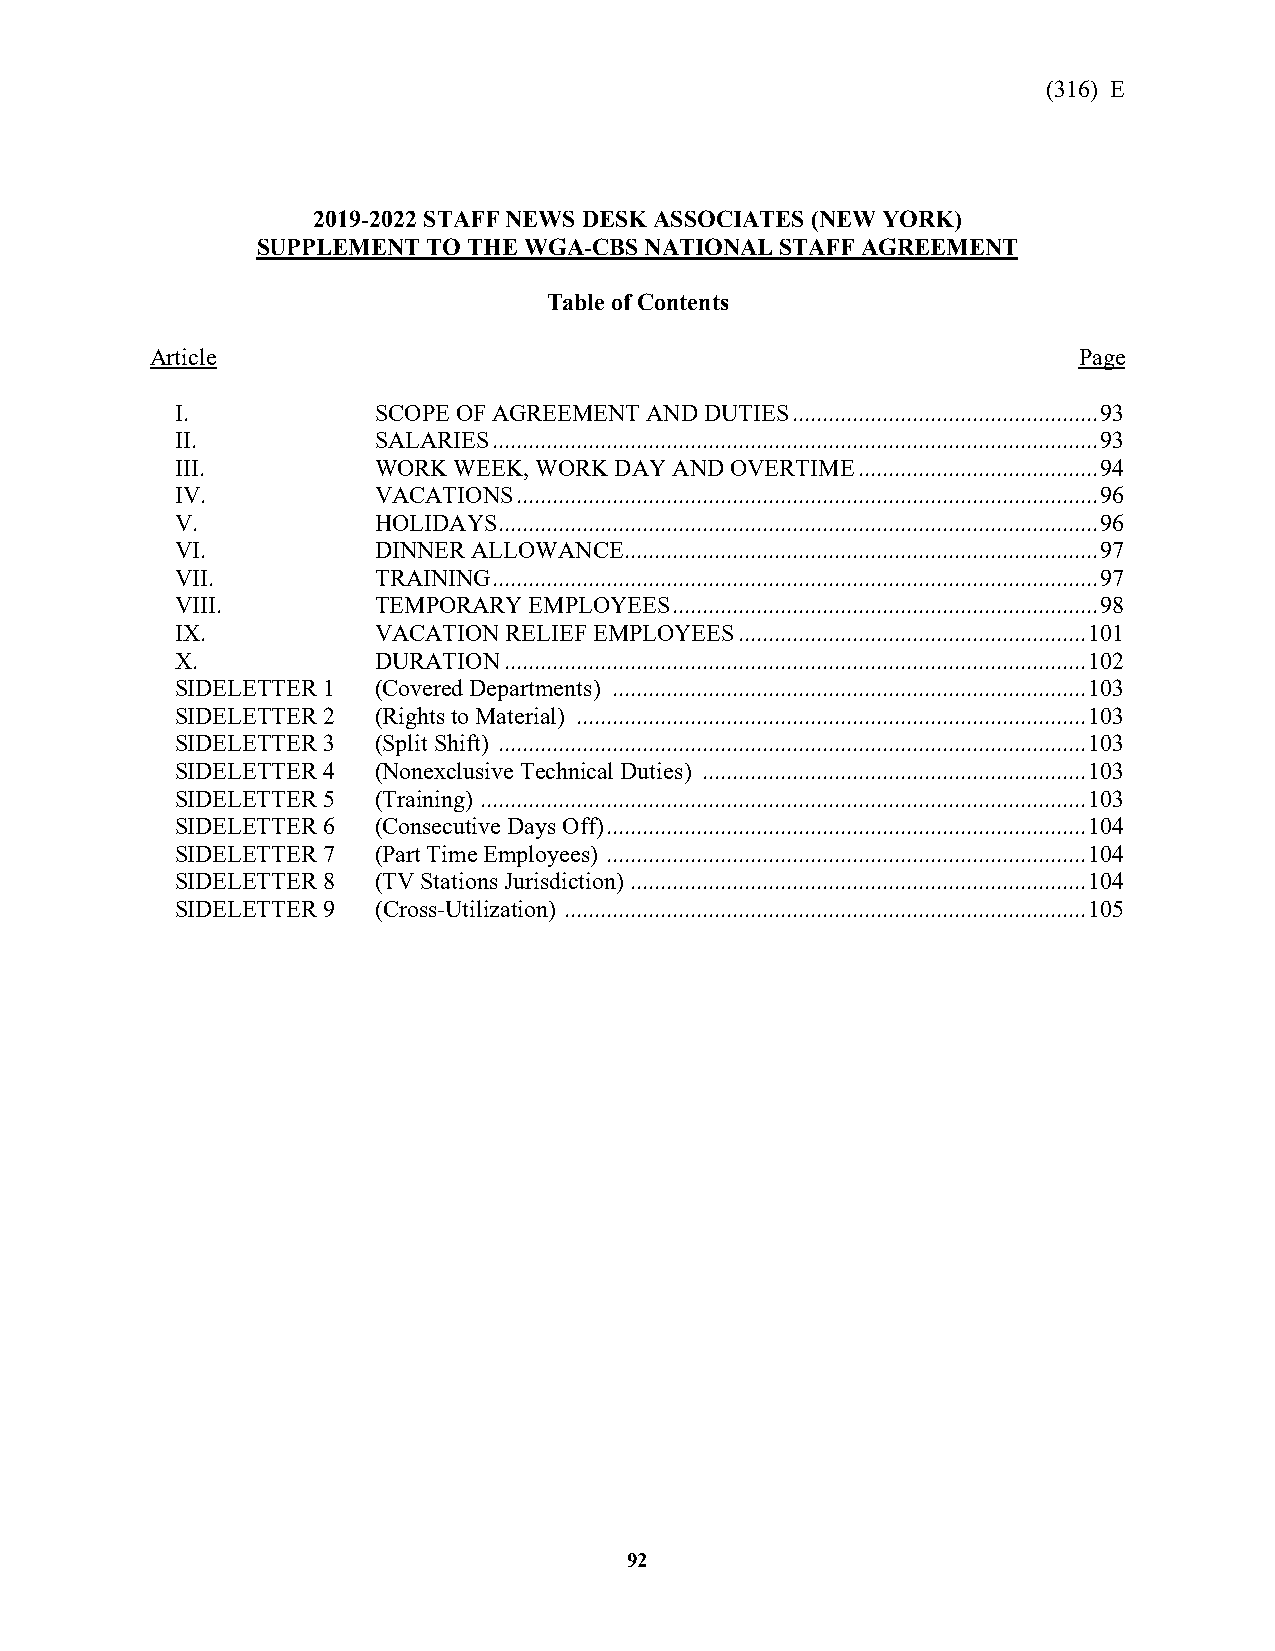
(316) E
 2019-2022 STAFF NEWS DESK ASSOCIATES (NEW YORK)
 SUPPLEMENT TO THE WGA-CBS NATIONAL STAFF AGREEMENT
 Table of Contents
 Article                                                      Page
 I.           SCOPE OF AGREEMENT AND DUTIES ................................................... 93
 II.          SALARIES ..................................................................................................... 93
 III.         WORK WEEK, WORK DAY AND OVERTIME ........................................ 94
 IV.          VACATIONS ................................................................................................. 96
 V.           HOLIDAYS .................................................................................................... 96
 VI.          DINNER ALLOWANCE ............................................................................... 97
 VII.         TRAINING ..................................................................................................... 97
 VIII.        TEMPORARY EMPLOYEES ....................................................................... 98
 IX.          VACATION RELIEF EMPLOYEES .......................................................... 101
 X.           DURATION ................................................................................................. 102
 SIDELETTER 1 (Covered Departments) ............................................................................... 103
 SIDELETTER 2 (Rights to Material) ..................................................................................... 103
 SIDELETTER 3 (Split Shift) .................................................................................................. 103
 SIDELETTER 4 (Nonexclusive Technical Duties) ................................................................ 103
 SIDELETTER 5 (Training) ..................................................................................................... 103
 SIDELETTER 6 (Consecutive Days Off) ................................................................................ 104
 SIDELETTER 7 (Part Time Employees) ................................................................................ 104
 SIDELETTER 8 (TV Stations Jurisdiction) ............................................................................ 104
 SIDELETTER 9 (Cross-Utilization) ....................................................................................... 105
 92